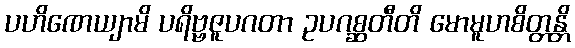
ပဟိဏေယျာမိ ပရိဗ္ဗဇူပဂတာ ဥပဂစ္ဆတီတိ မောမူဟစိတ္တန္တိ